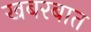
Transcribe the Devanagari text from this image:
खबरबात